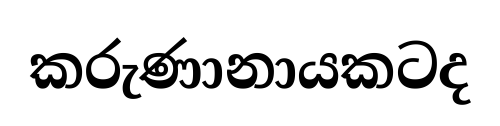
කරුණානායකටද